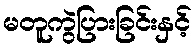
မတူကွဲပြားခြင်းနှင့်